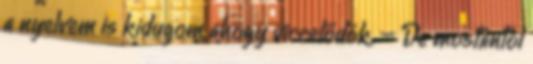
a nyelvem is kidugom ahogy viccelődök. – De mostantól